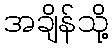
အချိန်သို့